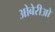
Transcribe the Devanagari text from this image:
ओबेरीओ